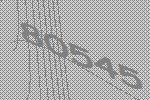
80545